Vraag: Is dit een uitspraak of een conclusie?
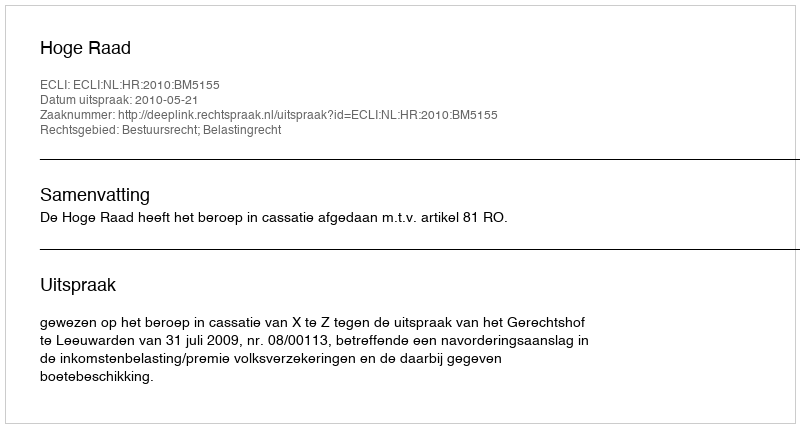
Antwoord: Uitspraak